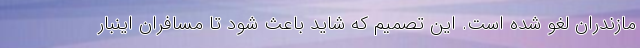
مازندران لغو شده است. این تصمیم که شاید باعث شود تا مسافران اینبار